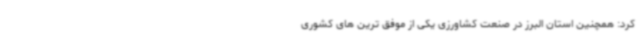
کرد: همچنین استان البرز در صنعت کشاورزی یکی از موفق ترین های کشوری